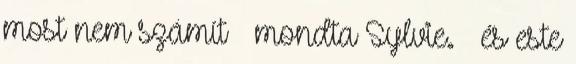
most nem számít – mondta Sylvie. – és este